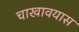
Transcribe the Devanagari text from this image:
चाखावयास